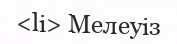
<li> Мелеуіз